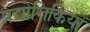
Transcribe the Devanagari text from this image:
प्रद्योगिकियों